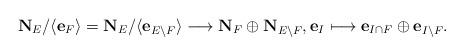
LaTeX: \begin{align*}\mathbf{N}_E/\langle \mathbf{e}_F\rangle=\mathbf{N}_E/\langle \mathbf{e}_{E \setminus F} \rangle \longrightarrow \mathbf{N}_F \oplus \mathbf{N}_{E \setminus F}, \mathbf{e}_I \longmapsto \mathbf{e}_{I \cap F} \oplus \mathbf{e}_{I \setminus F}.\end{align*}